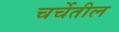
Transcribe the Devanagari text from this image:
चर्चेतील